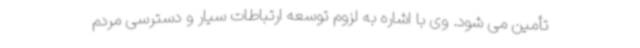
تأمین می شود. وی با اشاره به لزوم توسعه ارتباطات سیار و دسترسی مردم